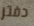
دفتر